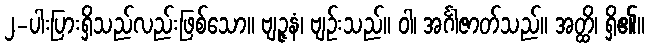
၂-ပါးပြားရှိသည်လည်းဖြစ်သော။ ဗျဉ္ဇနံ၊ ဗျဉ်းသည်။ ဝါ၊ အင်္ဂါဇာတ်သည်။ အတ္ထိ၊ ရှိ၏။